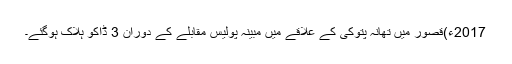
2017ء)قصور میں تھانہ پتوکی کے علاقے میں مبینہ پولیس مقابلے کے دوران 3 ڈاکو ہلاک ہوگئے۔